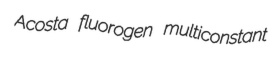
Acosta fluorogen multiconstant